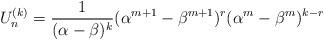
LaTeX: \begin{align*}U_{n}^{(k)}=\frac{1}{(\alpha -\beta )^{k}}(\alpha ^{m+1}-\beta^{m+1})^{r}(\alpha ^{m}-\beta ^{m})^{k-r} \end{align*}